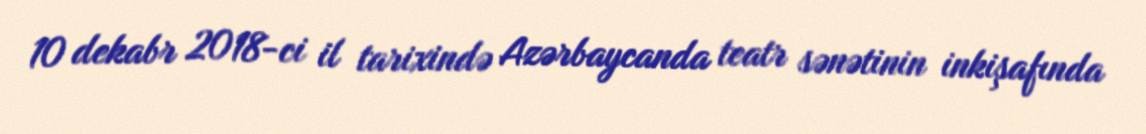
10 dekabr 2018-ci il tarixində Azərbaycanda teatr sənətinin inkişafında